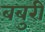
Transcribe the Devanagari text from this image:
बबुरी